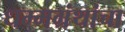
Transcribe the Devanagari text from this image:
धम्मग्रंथांचा